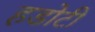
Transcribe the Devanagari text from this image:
हडोटी